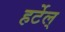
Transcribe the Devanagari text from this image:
हर्टेल्